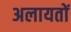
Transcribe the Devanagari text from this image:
अलायतों